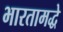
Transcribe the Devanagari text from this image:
भारतामद्धे